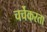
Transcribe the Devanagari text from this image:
चर्चेकरता